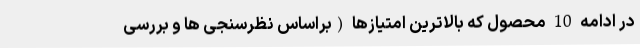
در ادامه 10 محصول که بالاترین امتیازها (براساس نظرسنجی ها و بررسی